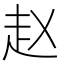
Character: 赵